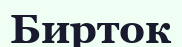
Бирток